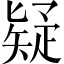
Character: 疑